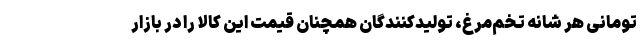
تومانی هر شانه تخم‌مرغ، تولیدکنندگان همچنان قیمت این کالا را در بازار